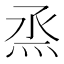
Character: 烝